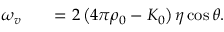
\begin{array} { r l r } { \omega _ { v } } & { { } } & { = 2 \left( 4 \pi \rho _ { 0 } - K _ { 0 } \right) \eta \cos \theta . } \end{array}